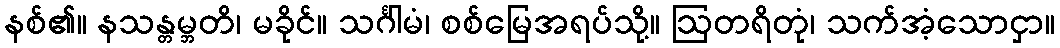
နစ်၏။ နသန္တမ္ဘတိ၊ မခိုင်။ သင်္ဂါမံ၊ စစ်မြေအရပ်သို့။ ဩတရိတုံ၊ သက်အံ့သောငှာ။